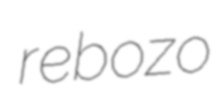
rebozo